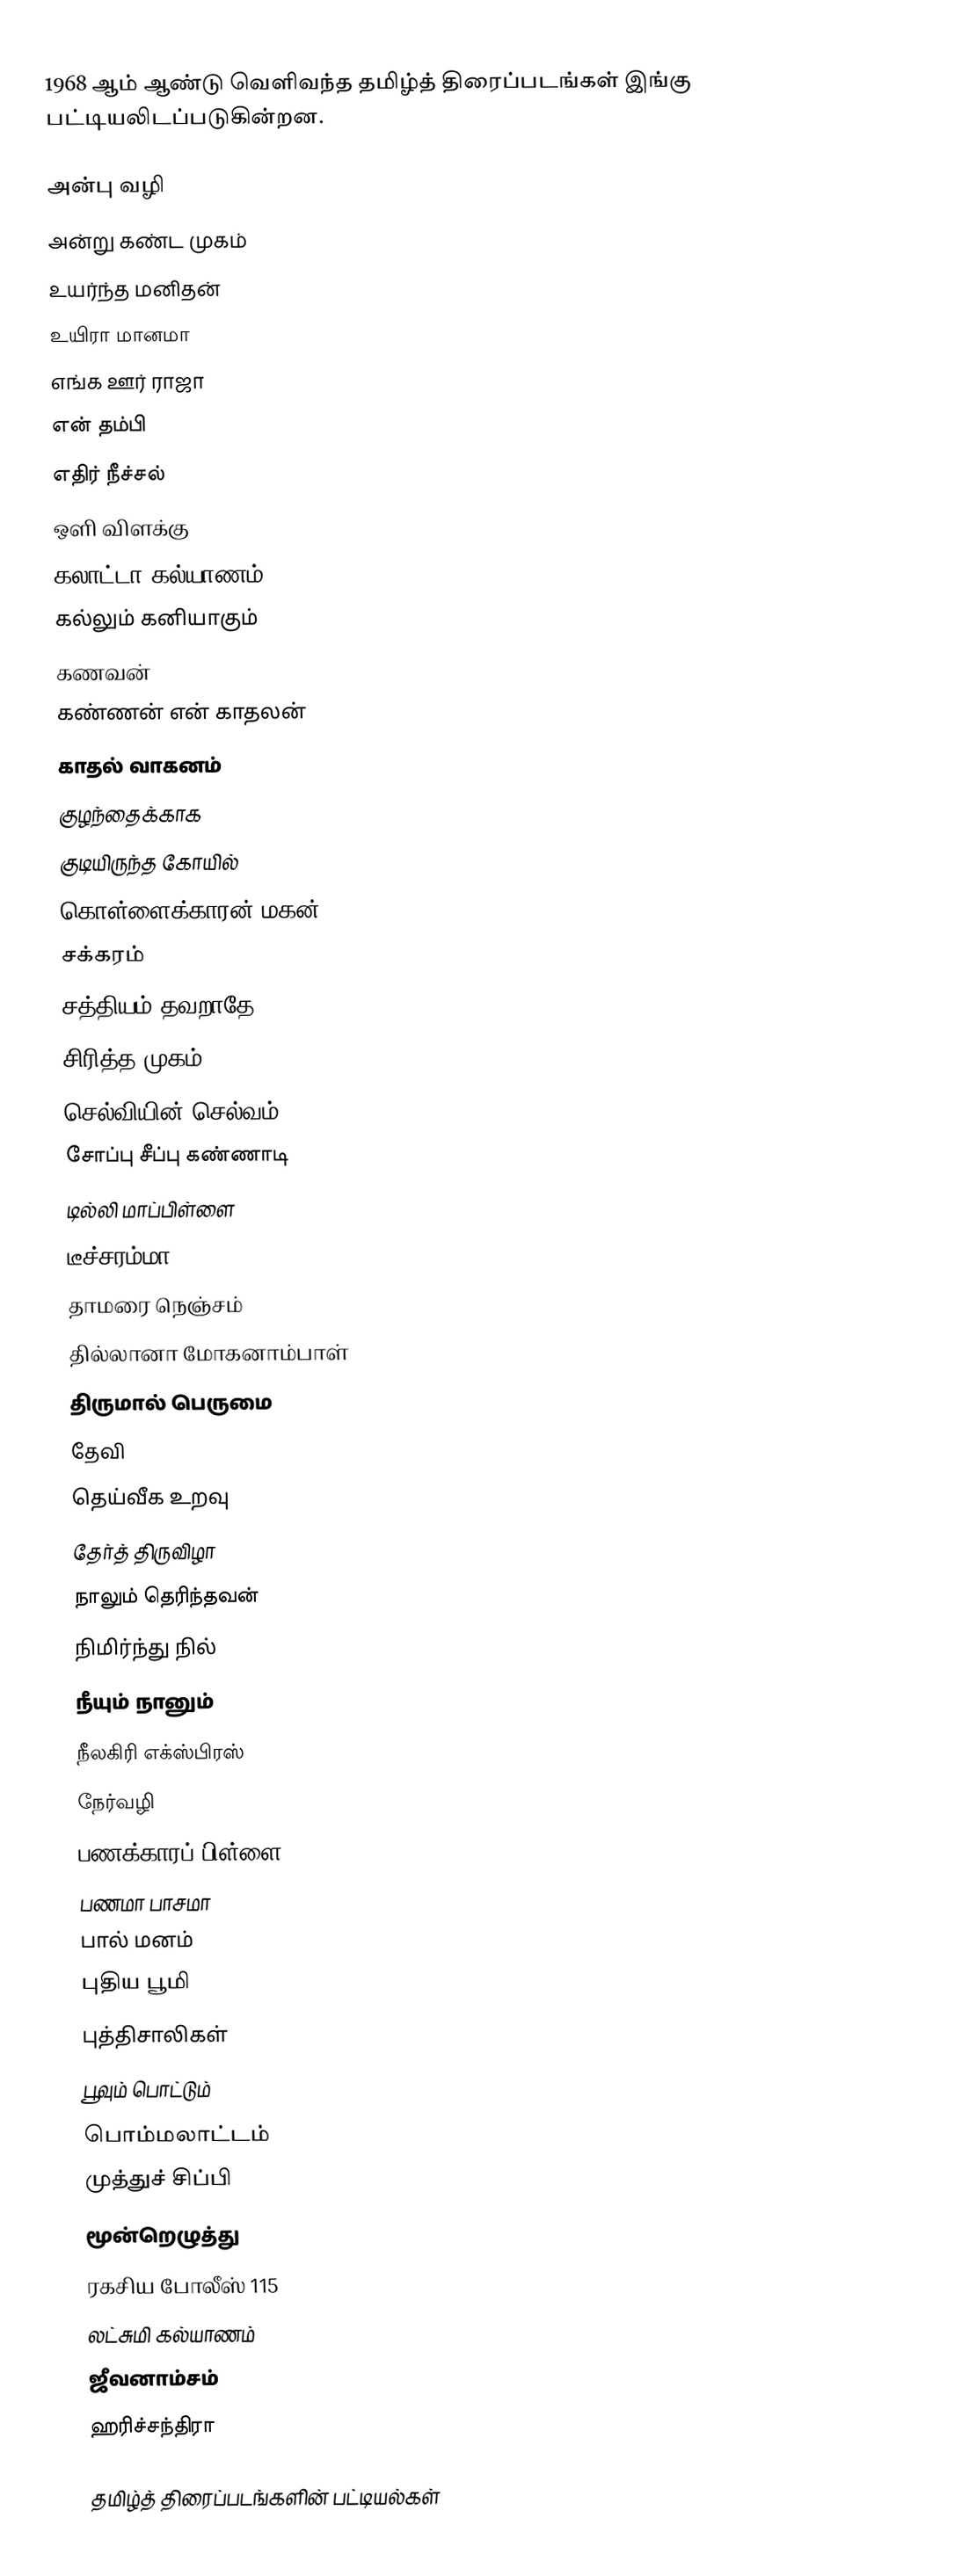
1968 ஆம் ஆண்டு வெளிவந்த தமிழ்த் திரைப்படங்கள் இங்கு பட்டியலிடப்படுகின்றன.

அன்பு வழி
அன்று கண்ட முகம்
உயர்ந்த மனிதன்
உயிரா மானமா
எங்க ஊர் ராஜா
என் தம்பி
எதிர் நீச்சல்
ஒளி விளக்கு
கலாட்டா கல்யாணம்
கல்லும் கனியாகும்
கணவன்
கண்ணன் என் காதலன்
காதல் வாகனம்
குழந்தைக்காக
குடியிருந்த கோயில்
கொள்ளைக்காரன் மகன்
சக்கரம்
சத்தியம் தவறாதே
சிரித்த முகம்
செல்வியின் செல்வம்
சோப்பு சீப்பு கண்ணாடி
டில்லி மாப்பிள்ளை
டீச்சரம்மா
தாமரை நெஞ்சம்
தில்லானா மோகனாம்பாள்
திருமால் பெருமை
தேவி
தெய்வீக உறவு
தேர்த் திருவிழா
நாலும் தெரிந்தவன்
நிமிர்ந்து நில்
நீயும் நானும்
நீலகிரி எக்ஸ்பிரஸ்
நேர்வழி
பணக்காரப் பிள்ளை
பணமா பாசமா
பால் மனம்
புதிய பூமி
புத்திசாலிகள்
பூவும் பொட்டும்
பொம்மலாட்டம்
முத்துச் சிப்பி
மூன்றெழுத்து
ரகசிய போலீஸ் 115
லட்சுமி கல்யாணம்
ஜீவனாம்சம்
ஹரிச்சந்திரா

தமிழ்த் திரைப்படங்களின் பட்டியல்கள்